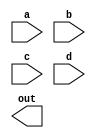
module mux(
	input [31:0] a, b, c,
	input [5:0] d,
	output reg [4:0] out
);

always@(a, b, c, d) begin
	case(d)
		6'b100000: begin
			glob.r[out] <= a;
		end
		6'b100010: begin
			glob.r[out] <= b;
		end
		6'b000010: begin
			glob.r[out] <= c;
		end
	endcase
end
endmodule